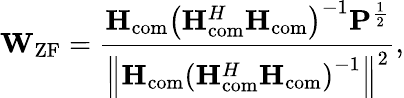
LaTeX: {{\mathbf{W}}_{\mathrm{{ZF}}}}=\frac{{{{\mathbf{H}}_{{\mathrm{com}}}}{{\left({{\mathbf{H}}_{\mathrm{{com}}}^{H}{{\mathbf{H}}_{{\mathrm{com}}}}}\right)}^{-1}}{{\mathbf{P}}^{\frac{1}{2}}}}}{{{{\left\| {{{\mathbf{H}}_{\mathrm{{com}}}}{{\left({{\mathbf{H}}_{{\mathrm{com}}}^{H}{{\mathbf{H}}_{\mathrm{{com}}}}}\right)}^{-1}}}\right\| }^{2}}}},